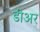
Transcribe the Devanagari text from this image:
डीअर